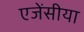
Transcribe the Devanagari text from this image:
एजेंसीया